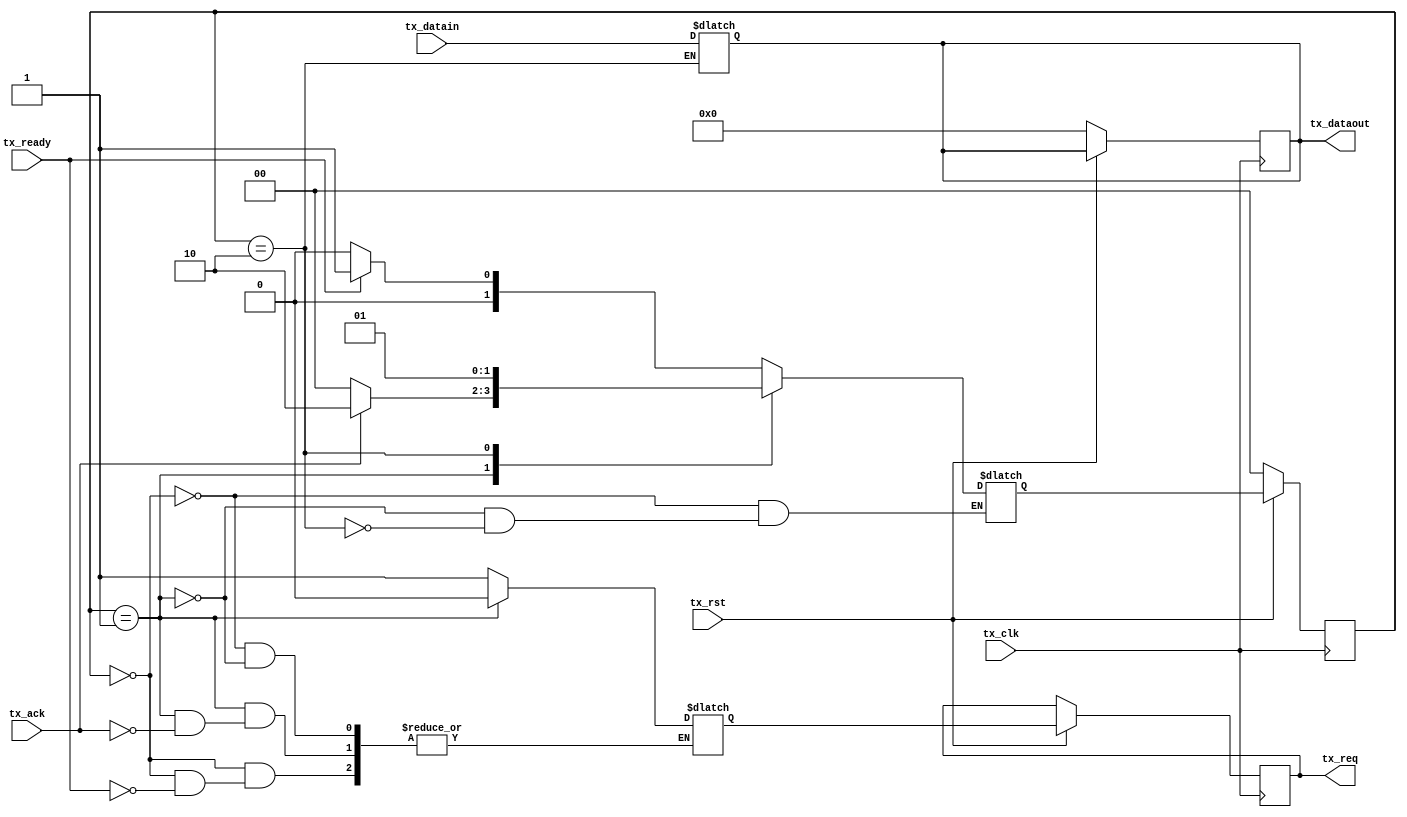
//***************************************************************************//
//***************************************************************************//
//***************************************************************************//
//**************                                          *******************//
//**************                                          *******************//
//**************      (c) SASIC Technologies Pvt Ltd      *******************//
//**************          (c) Verilogic Solutions         *******************//
//**************                                          *******************//
//**************                                          *******************//
//**************                                          *******************//
//**************           www.sasictek.com               *******************//
//**************          www.verilog-ic.com              *******************//
//**************                                          *******************//
//**************           Twitter:@sasictek              *******************//
//**************                                          *******************//
//**************                                          *******************//
//**************                                          *******************//
//***************************************************************************//
//***************************************************************************//


//              File Type: Verilog                                 

                             
//***************************************************************************//
//***************************************************************************//
                             

//              Author:
//              Reviewer:
//              Manager:
                             

//***************************************************************************//
//***************************************************************************//
//
	module Tx #(parameter T_WIDTH=8,
							parameter TX_READY=2'b00,
							parameter TX_REQ=2'b01,
							parameter TX_SEND=2'b10)
						 (input tx_clk,
							input tx_rst,
						 	input [T_WIDTH-1:0]tx_datain,
							input tx_ready,
							input tx_ack,
							output reg tx_req,
							output reg [T_WIDTH-1:0]tx_dataout);

	reg [T_WIDTH-7:0]cst,nst;
	reg temp_tx;
	always @(*)
		begin:alw_blk
			case(cst)
				TX_READY:
					begin:tx_redy_blk
						if(tx_ready)
							begin:tx_redy_1
								//tx_req='b1;
								temp_tx='b1;
								nst=TX_REQ;
							end
						else
							begin:tx_redy_0
								nst=TX_READY;
							end	//tx_redy_0
						end	//tx_redy_blk
				TX_REQ:
					begin:tx_re
						if(tx_ack)
							begin:tx_req_1
								$display("tx_ack_1");
								nst=TX_SEND;
							//	tx_req='b0;
								temp_tx='b0;
							end	//tx_req_1
						else
							begin:tx_req_0
								nst=TX_READY;
							end	//tx_req_0
					end	//tx_req
				TX_SEND:
					begin:tx_send
						 tx_dataout=tx_datain;
						 $display("tx");
						 //tx_ack='b0;
						 nst=TX_REQ;
					end	//tx_send
				endcase
		end	//alw_blk


					always @(posedge tx_clk)
						begin:alw_blkk
							if(!tx_rst)
								begin:tx_rst_blk
									cst<=TX_READY;
									tx_dataout<='d0;
								end	//tx_rst_blk
								else 
									begin:else_part
										cst<=nst;
										tx_req<=temp_tx;
									end	//else_part
						end	//alw_blkk

	endmodule